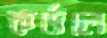
কর্ডলে